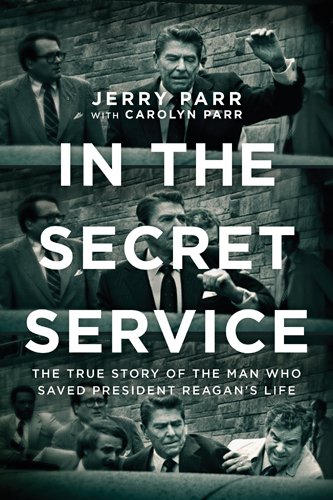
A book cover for In the Secret Service: The True Story of the Man Who Saved President Reagan's Life; Jerry Parr; Biographies & Memoirs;